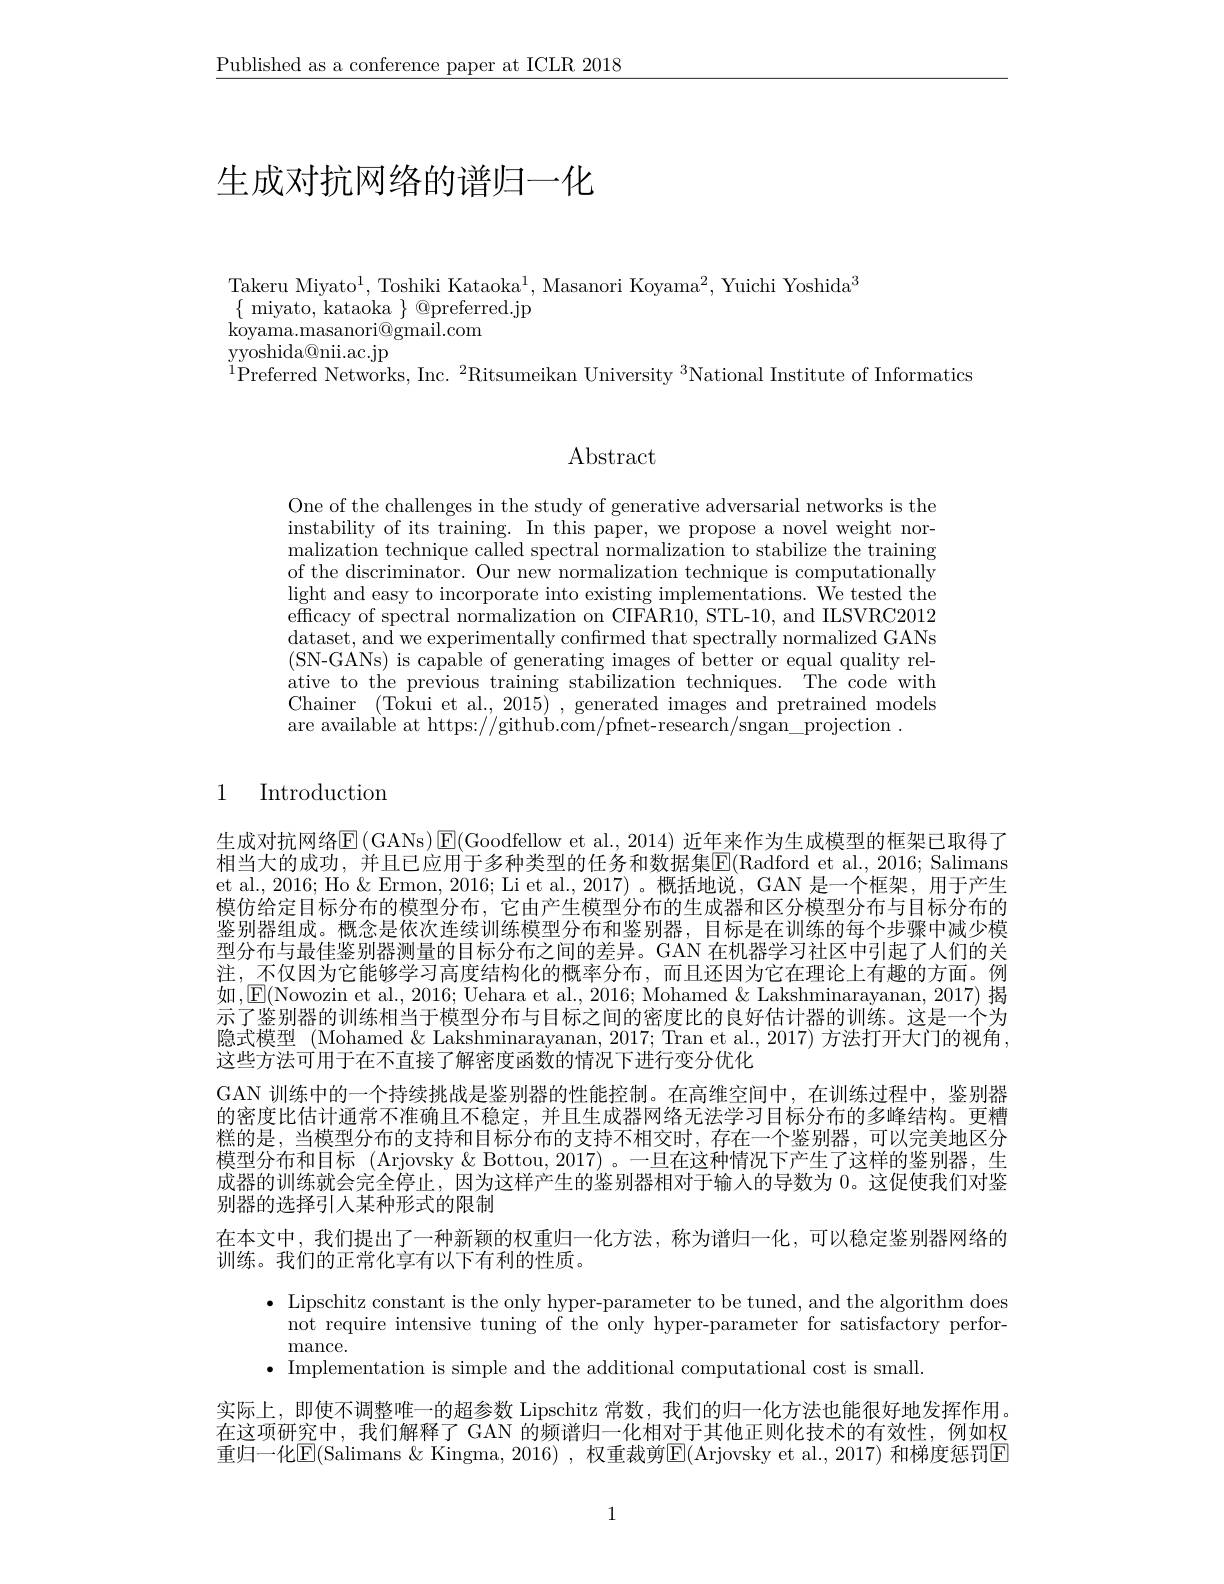
$\underline{\text{Published as a conference paper at ICLR 2018}}$

# 生成对抗网络的谱归一化

Takeru Miyato$^1$, Toshiki Kataoka$^1$, Masanori Koyama$^2$, Yuichi Yoshida$^3$
$\{$ miyato, kataoka $\}$ @preferred.jp
koyama. masanori@ gmail. com
$\mathop{\mathrm{yyoshida@nii.ac.jp}}$
$^{1}$Preferred Networks, Inc. $^2$Ritsumeikan University $^3$National Institute of Informatics

$\operatorname{Abstract}$

One of the challenges in the study of generative adversarial networks is the instability of its training. In this paper, we propose a novel weight normalization technique called spectral normalization to stabilize the training of the discriminator. Our new normalization technique is computationally light and easy to incorporate into existing implementations. We tested the effcacy of spectral normalization on CIFAR10, STL-10, and ILSVRC2012 dataset, and we experimentally confırmed that spectrally normalized GANs (SN-GANs) is capable of generating images of better or equal quality relative to the previous training stabilization techniques. The code with Chainer (Tokui et al., 2015) , generated images and pretrained models are available at https://github.com/pfnet-research/sngan\_projection.

1 Introduction

生成对抗网络$\underline{\mathrm{E}}($GANs)$\underline{\mathrm{E}}($Goodfellow et al., 2014) 近年来作为生成模型的框架已取得了相当大的成功，并且已应用于多种类型的任务和数据集$\boxed{\mathrm{F}}($Radford et al., 2016; Salimans et al., 2016; Ho & Ermon, 2016; Li et al., 2017)。概括地说，GAN 是一个框架，用于产生模仿给定目标分布的模型分布，它由产生模型分布的生成器和区分模型分布与目标分布的鉴别器组成。概念是依次连续训练模型分布和鉴别器，目标是在训练的每个步骤中减少模型分布与最佳鉴别器测量的目标分布之间的差异。GAN 在机器学习社区中引起了人们的关注，不仅因为它能够学习高度结构化的概率分布，而且还因为它在理论上有趣的方面。例如，E(Nowozin et al., 2016; Uehara et al., 2016; Mohamed& Lakshminarayanan, 2017) 揭示了鉴别器的训练相当于模型分布与目标之间的密度比的良好估计器的训练。这是一个为隐式模型 (Mohamed & Lakshminarayanan, 2017; Tran et al., 2017) 方法打开大门的视角， 这些方法可用于在不直接了解密度函数的情况下进行变分优化
GAN 训练中的一个持续挑战是鉴别器的性能控制。在高维空间中，在训练过程中，鉴别器的密度比估计通常不准确且不稳定，并且生成器网络无法学习目标分布的多峰结构。更糟糕的是，当模型分布的支持和目标分布的支持不相交时，存在一个鉴别器，可以完美地区分模型分布和目标 (Arjovsky&Bottou,2017)。一旦在这种情况下产生了这样的鉴别器，生成器的训练就会完全停止，因为这样产生的鉴别器相对于输入的导数为 0。这促使我们对鉴别器的选择引入某种形式的限制
在本文中，我们提出了一种新颖的权重归一化方法，称为谱归一化，可以稳定鉴别器网络的
训练。我们的正常化享有以下有利的性质。
$\bullet$ Lipschitz constant is the only hyper-parameter to be tuned, and the algorithm does
not require intensive tuning of the only hyper-parameter for satisfactory perfor-
mance.
$\bullet$ Implementation is simple and the additional computational cost is small.
实际上，即使不调整唯一的超参数 Lipschitz 常数，我们的归一化方法也能很好地发挥作用。在这项研究中，我们解释了 GAN 的频谱归一化相对于其他正则化技术的有效性，例如权重归一化$\overline{\mathrm{E}}($Salimans $\&$ Kingma, 2016) , 权重裁剪$\overline{\mathrm{E}}($Arjovsky et al., 2017) 和梯度惩罚$\overline{\mathrm{E}}$

1